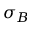
\sigma _ { B }